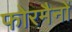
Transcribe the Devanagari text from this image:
फोरमैनाें